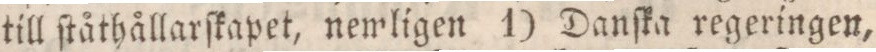
till ſtåthållarſkapet, nemligen 1) Danſka regeringen,